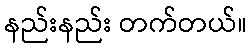
နည်းနည်း တက်တယ်။